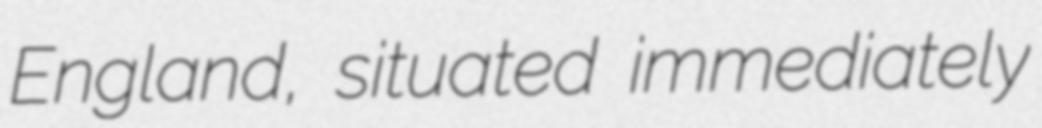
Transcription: England, situated immediately